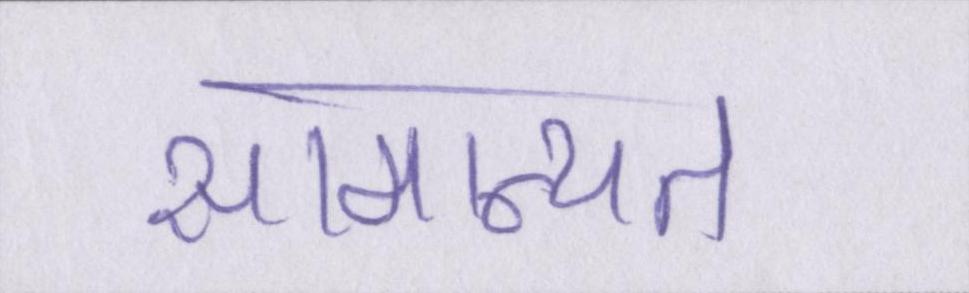
सामान्यत